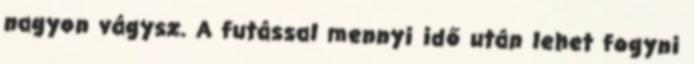
nagyon vágysz. A futással mennyi idő után lehet fogyni